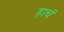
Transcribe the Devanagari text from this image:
हाचं